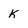
Character: k